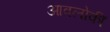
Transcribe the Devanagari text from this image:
आवलोकीं